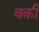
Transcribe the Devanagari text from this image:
बक़ी